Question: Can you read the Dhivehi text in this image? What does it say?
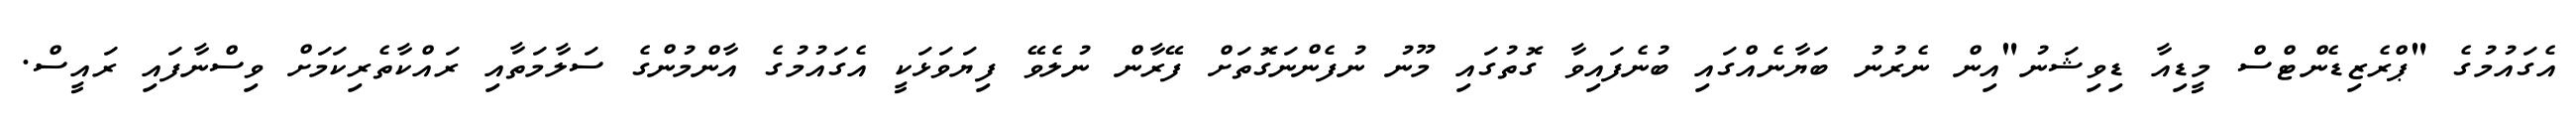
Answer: އެގައުމުގެ "ޕްރެޒިޑެންޓްސް މީޑިއާ ޑިވިޝަނު"އިން ނެރުނު ބަޔާނެއްގައި ބުނެފައިވާ ގޮތުގައި މޫނު ނުފެންނަގޮތަށް ފޭރާން ނުލެވޭ ފިޔަވަޅަކީ އެގައުމުގެ އާންމުންގެ ސަލާމަތާއި ރައްކާތެރިކަމަށް ވިސްނާފައި ރައީސް.